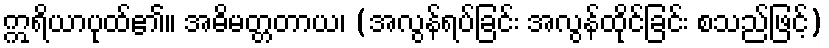
ဣရိယာပုထ်၏။ အဓိမတ္တတာယ၊ (အလွန်ရပ်ခြင်း အလွန်ထိုင်ခြင်း စသည်ဖြင့်)